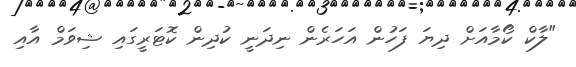
"ލާކް ކޯމާއަށް ދިޔަ ފަހުން އަހަރެން ނިދަނީ ކުދިން ކޮޓަރީގައި ޝިވަމް އާއި